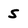
Character: S